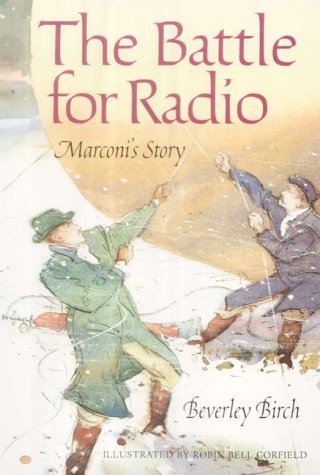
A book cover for The Battle for Radio: Marconi's Story (Science Stories); R.B. Corfield; Children's Books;